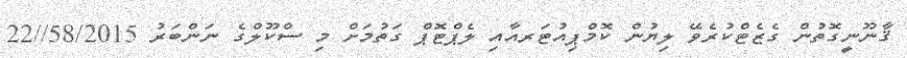
ޤާނޫނީގޮތުން ގެޒެޓްކުރެވޭ ލިޔުން ކޮމްޕިއުޓަރއާއި ލެޕްޓޮޕް ގަތުމަށް މި ސްކޫލްގެ ނަންބަރު 58/2015//22